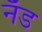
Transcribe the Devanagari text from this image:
नॅड